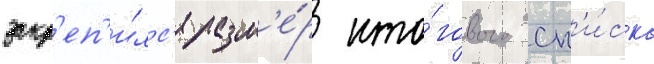
закр'еп'и́лс'я разм'е́р ито́гового сп'и́ска